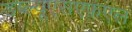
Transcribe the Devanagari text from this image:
डब्ल्यूएसएफ़एल